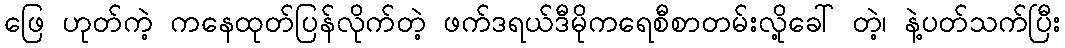
ဖြေ ဟုတ်ကဲ့ ကနေထုတ်ပြန်လိုက်တဲ့ ဖက်ဒရယ်ဒီမိုကရေစီစာတမ်းလို့ခေါ် တဲ့၊ နဲ့ပတ်သက်ပြီး